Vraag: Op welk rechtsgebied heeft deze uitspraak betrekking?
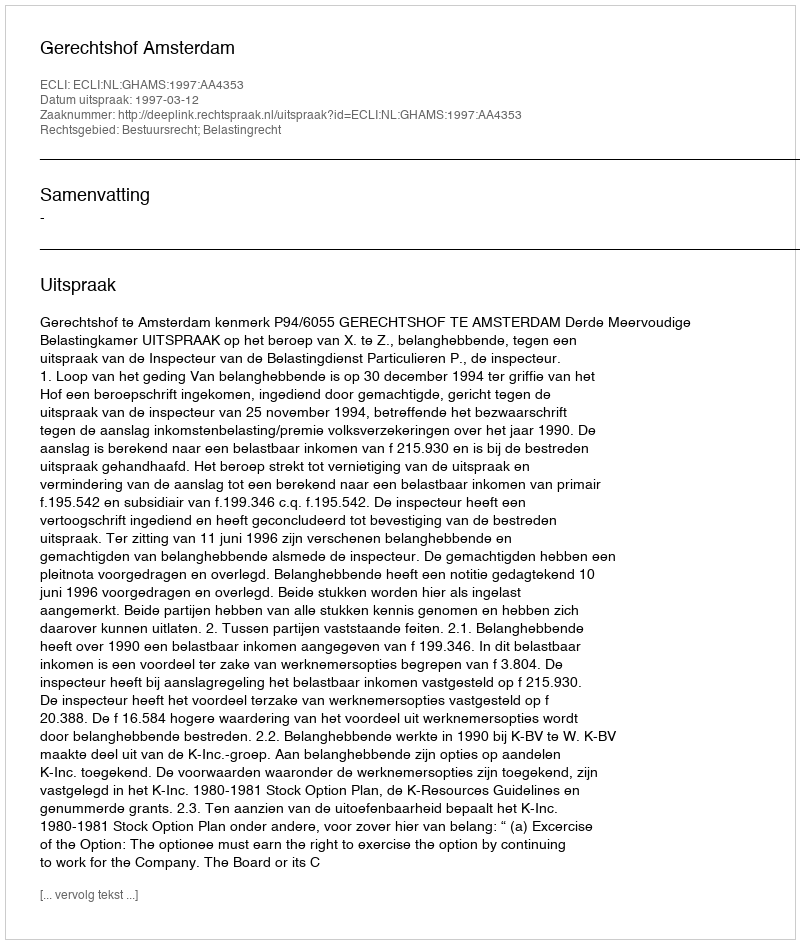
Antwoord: Bestuursrecht; Belastingrecht